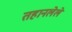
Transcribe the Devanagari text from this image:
तहानलेले